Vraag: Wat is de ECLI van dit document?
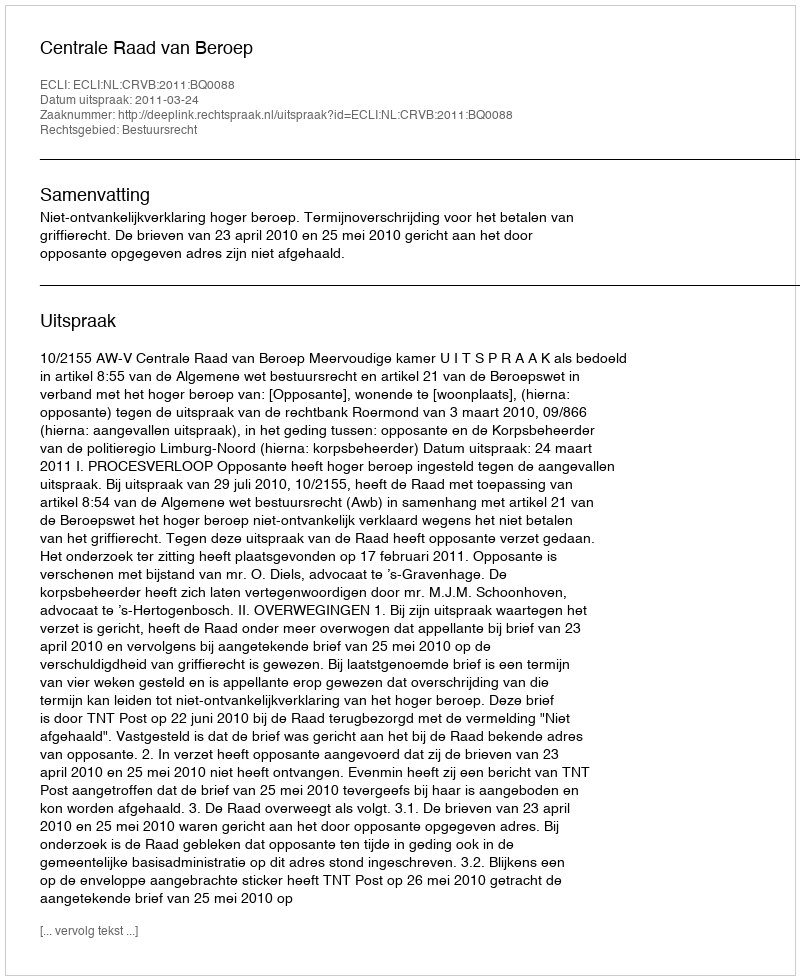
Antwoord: ECLI:NL:CRVB:2011:BQ0088